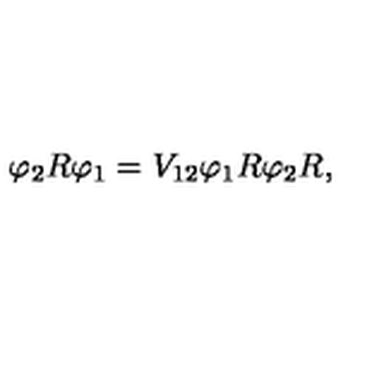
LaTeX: \varphi _ { 2 } R \varphi _ { 1 } = V _ { 1 2 } \varphi _ { 1 } R \varphi _ { 2 } R ,